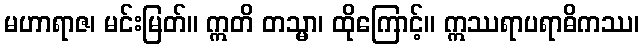
မဟာရာဇ၊ မင်းမြတ်။ ဣတိ တသ္မာ၊ ထိုကြောင့်။ ဣဿရာပရာဓိကဿ၊